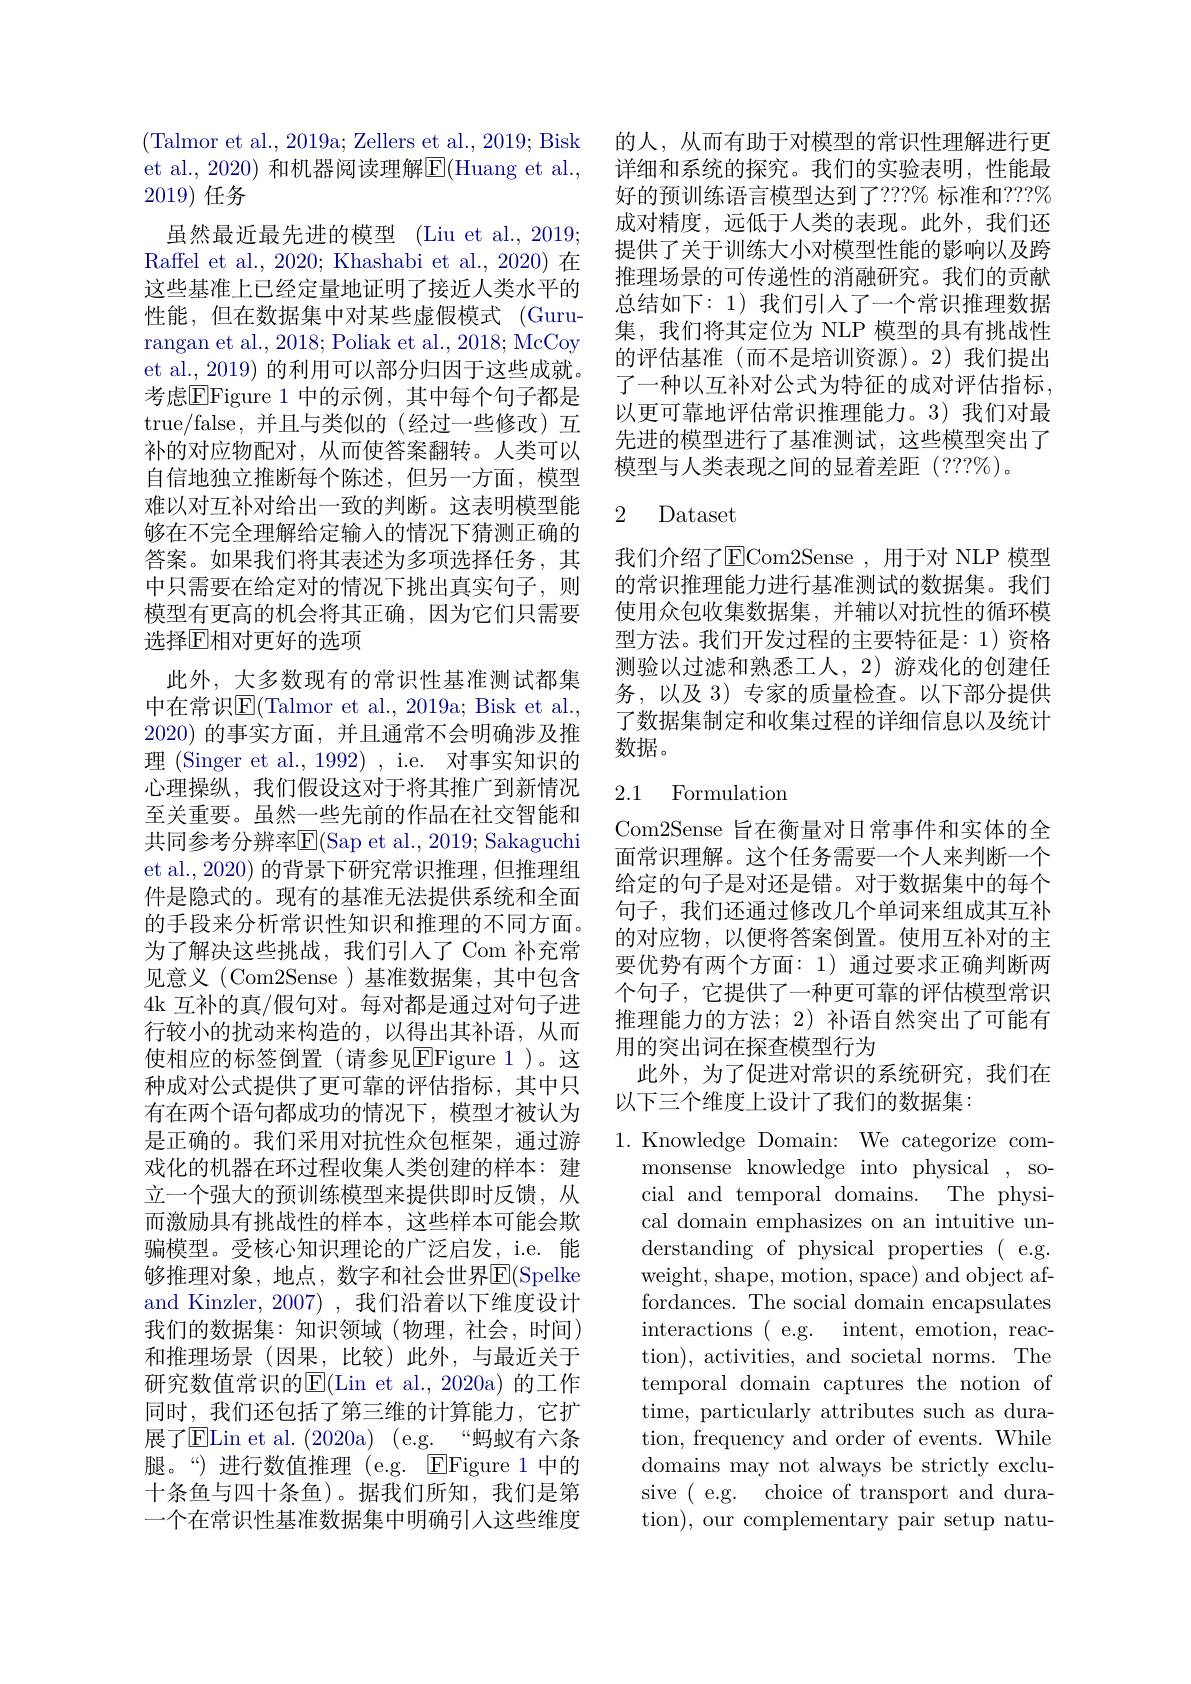
(Talmor et al., 2019a; Zellers et al., 2019; Bisk et al., 2020) 和机器阅读理解$\boxed{\mathrm{E}}($Huang et al., 2019)任务
虽然最近最先进的模型 (Liu et al., 2019; Raffel et al., 2020; Khashabi et al., 2020) 在这些基准上已经定量地证明了接近人类水平的性能，但在数据集中对某些虚假模式 (Gururangan et al., 2018; Poliak et al., 2018; McCoy et al., 2019) 的利用可以部分归因于这些成就。考虑$\overline{\mathrm{E}}$Figure 1 中的示例，其中每个句子都是true/false,并且与类似的(经过一些修改)互补的对应物配对，从而使答案翻转。人类可以自信地独立推断每个陈述，但另一方面，模型难以对互补对给出一致的判断。这表明模型能够在不完全理解给定输入的情况下猜测正确的答案。如果我们将其表述为多项选择任务，其中只需要在给定对的情况下挑出真实句子，则模型有更高的机会将其正确，因为它们只需要选择$\mathbb{E}$相对更好的选项
此外，大多数现有的常识性基准测试都集中在常识[E](Talmor et al., 2019a; Bisk et al., 2020)的事实方面，并且通常不会明确涉及推理 (Singer et al., 1992) , i.e. 对事实知识的心理操纵，我们假设这对于将其推广到新情况至关重要。虽然一些先前的作品在社交智能和共同参考分辨率$\mathsf E($Sap et al., 2019; Sakaguchi et al., 2020) 的背景下研究常识推理，但推理组件是隐式的。现有的基准无法提供系统和全面的手段来分析常识性知识和推理的不同方面。为了解决这些挑战，我们引人了 Com 补充常见意义(Com2Sense)基准数据集，其中包含4k 互补的真/假句对。每对都是通过对句子进行较小的扰动来构造的，以得出其补语，从而使相应的标签倒置(请参见EFigure 1)。这种成对公式提供了更可靠的评估指标，其中只有在两个语句都成功的情况下，模型才被认为是正确的。我们采用对抗性众包框架，通过游戏化的机器在环过程收集人类创建的样本：建立一个强大的预训练模型来提供即时反馈，从而激励具有挑战性的样本，这些样本可能会欺骗模型。受核心知识理论的广泛启发，i.e. 能够推理对象，地点，数字和社会世界$\overline{\mathrm{E}}($Spelke and Kinzler, 2007) , 我们沿着以下维度设计我们的数据集：知识领域(物理，社会，时间) 和推理场景(因果，比较)此外，与最近关于研究数值常识的E(Lin et al.,2020a)的工作同时，我们还包括了第三维的计算能力，它扩展了ELin et al. (2020a) (e.g. “蚂蚁有六条腿。“)进行数值推理(e.g. EFigure 1 中的十条鱼与四十条鱼)。据我们所知，我们是第一个在常识性基准数据集中明确引入这些维度

的人，从而有助于对模型的常识性理解进行更详细和系统的探究。我们的实验表明，性能最好的预训练语言模型达到了？??% 标准和？??% 成对精度，远低于人类的表现。此外，我们还提供了关于训练大小对模型性能的影响以及跨推理场景的可传递性的消融研究。我们的贡献总结如下：1)我们引人了一个常识推理数据集，我们将其定位为 NLP 模型的具有挑战性的评估基准(而不是培训资源)。2)我们提出了一种以互补对公式为特征的成对评估指标， 以更可靠地评估常识推理能力。3)我们对最先进的模型进行了基准测试，这些模型突出了模型与人类表现之间的显着差距 (???%)。

## 2 Dataset

我们介绍了ECom2Sense , 用于对 NLP 模型的常识推理能力进行基准测试的数据集。我们使用众包收集数据集，并辅以对抗性的循环模型方法。我们开发过程的主要特征是：1)资格测验以过滤和熟悉工人，2)游戏化的创建任务，以及 3)专家的质量检查。以下部分提供了数据集制定和收集过程的详细信息以及统计数据。

### 2.1 Formulation

Com2Sense 旨在衡量对日常事件和实体的全面常识理解。这个任务需要一个人来判断一个给定的句子是对还是错。对于数据集中的每个句子，我们还通过修改几个单词来组成其互补的对应物，以便将答案倒置。使用互补对的主要优势有两个方面：1) 通过要求正确判断两个句子，它提供了一种更可靠的评估模型常识推理能力的方法；2) 补语自然突出了可能有用的突出词在探查模型行为
此外，为了促进对常识的系统研究，我们在
以下三个维度上设计了我们的数据集：

1.Knowledge Domain: We categorize com-
monsense knowledge into physical , social and temporal domains. The physical domain emphasizes on an intuitive understanding of physical properties ( e.g. weight, shape, motion, space) and object affordances. The social domain encapsulates interactions (e.g. intent, emotion, reac- tion), activities, and societal norms. The temporal domain captures the notion of time, particularly attributes such as duration, frequency and order of events. While domains may not always be strictly exclusive (e.g. choice of transport and duration), our complementary pair setup natu-